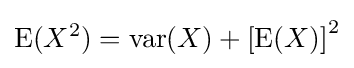
\operatorname {E} (X^{2})=\operatorname {var} (X)+\left[\operatorname {E} (X)\right]^{2}